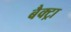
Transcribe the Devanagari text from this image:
बैक्ट्रा